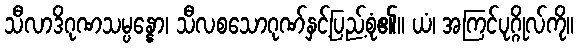
သီလာဒိဂုဏသမ္ပန္နော၊ သီလစသောဂုဏ်နှင့်ပြည့်စုံ၏။ ယံ၊ အကြင်ပုဂ္ဂိုလ်ကို။